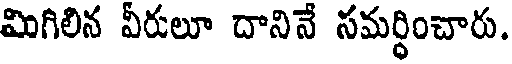
మిగిలిన వీరులూ దానినే సమర్ధించారు.